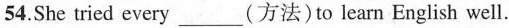
54. She tried every ___ (方法) to learn English well.